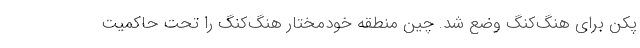
پکن برای هنگ‌کنگ وضع شد. چین منطقه خودمختار هنگ‌کنگ را تحت حاکمیت